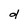
Character: d